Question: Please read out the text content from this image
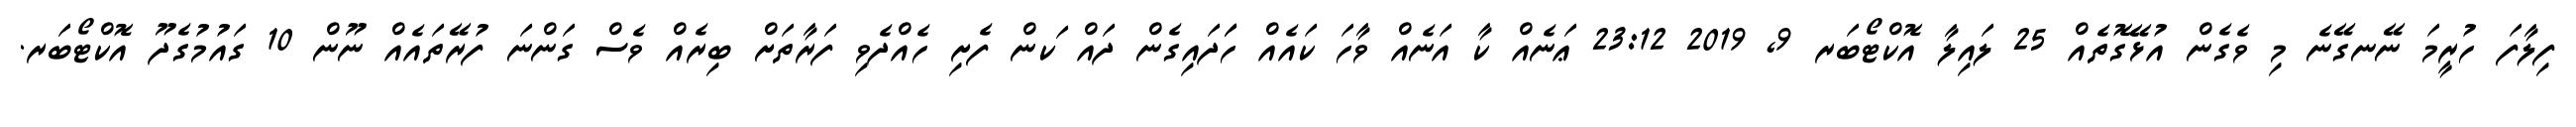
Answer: ފިލާފަ ހުރީމަ ނޭނގޭނެ މި ވެގެން އުޅޭގޮތެއް 25 ލައިލާ އޮކްޓޯބަރ 9, 2019 23:12 ޢަނެއް ކާ އަނެއް ވާހަ ކައެއް ހަަދައިގެން ދައް ަކން ފެށި ހެއްދެވި ފަރާތަށް ބިރެއް ވެސް ގަންނަ ފުރޭތައެއް ނޫން 10 ގައުމުގެދޫ އޮކްޓޯބަރ.